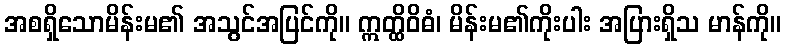
အစရှိသောမိန်းမ၏ အသွင်အပြင်ကို။ ဣတ္ထိဝိဓံ၊ မိန်းမ၏ကိုးပါး အပြားရှိသ မာန်ကို။